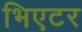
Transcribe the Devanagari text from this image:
भिएटर